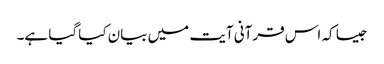
جیسا کہ اس قرآنی آیت میں بیان کیا گیا ہے۔